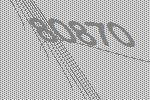
80870